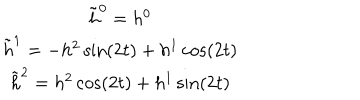
LaTeX: \begin{matrix} { { \tilde { h } ^ { 0 } = h ^ { 0 } } } \\ { { \tilde { h } ^ { 1 } = - h ^ { 2 } \sin ( 2 t ) + h ^ { 1 } \cos ( 2 t ) } } \\ { { \tilde { h } ^ { 2 } = h ^ { 2 } \cos ( 2 t ) + h ^ { 1 } \sin ( 2 t ) } } \\ \end{matrix}